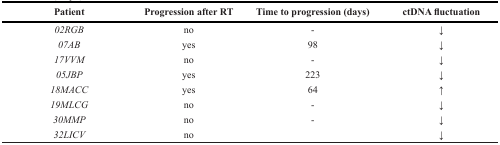
| Patient | Progression after RT | Time to progression (days) | ctDNA fluctuation |
 | --- | --- | --- | --- |
 | 02RGB | no | - | ↓ |
 | 07AB | yes | 98 | ↓ |
 | 17VVM | no | - | ↓ |
 | 05JBP | yes | 223 | ↓ |
 | 18MACC | yes | 64 | ↑ |
 | 19MLCG | no | - | ↓ |
 | 30MMP | no | - | ↓ |
 | 32LICV | no |  | ↓ |